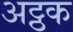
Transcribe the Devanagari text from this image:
अट्ठक